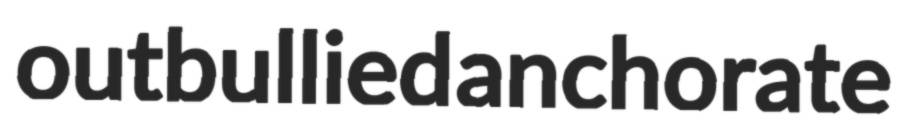
outbullied anchorate